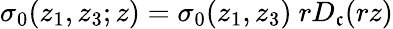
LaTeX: \sigma_{0}(z_{1},z_{3};z)=\sigma_{0}(z_{1},z_{3})\ rD_{\mathfrak{c}}(rz)